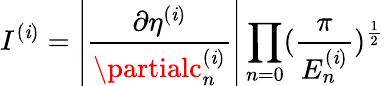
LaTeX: I^{(\mathit{i})}=\left|\frac{{\partial\eta^{(\mathit{i})}}}{{\partialc_{n}^{(\mathit{i})}}}\right|\prod_{n=0}(\frac{{\pi}}{{E_{n}^{(\mathit{i})}}})^{\frac{{1}}{{2}}}